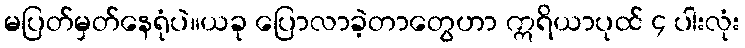
မပြတ်မှတ်နေရုံပဲ။ယခု ပြောလာခဲ့တာတွေဟာ ဣရိယာပုထ် ၄ ပါးလုံး